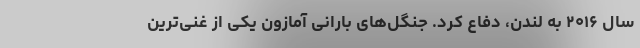
سال ۲۰۱۶ به لندن، دفاع کرد. جنگل‌های بارانی آمازون یکی از غنی‌ترین